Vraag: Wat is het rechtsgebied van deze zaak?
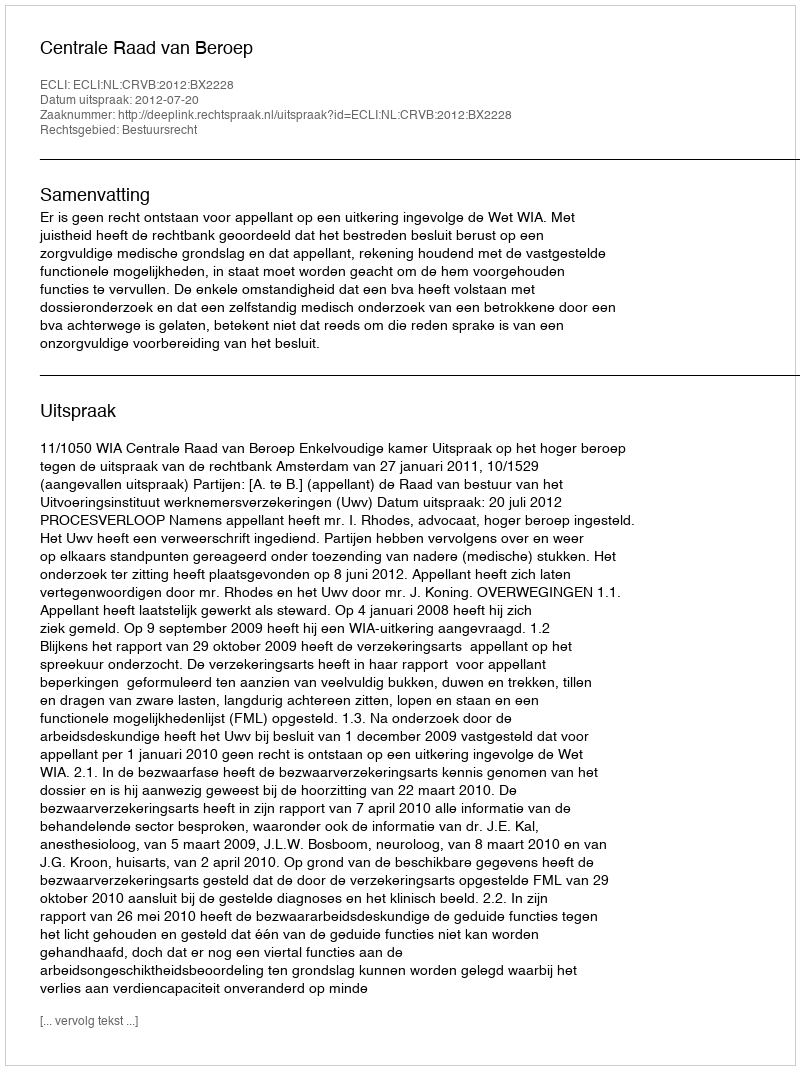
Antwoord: Bestuursrecht